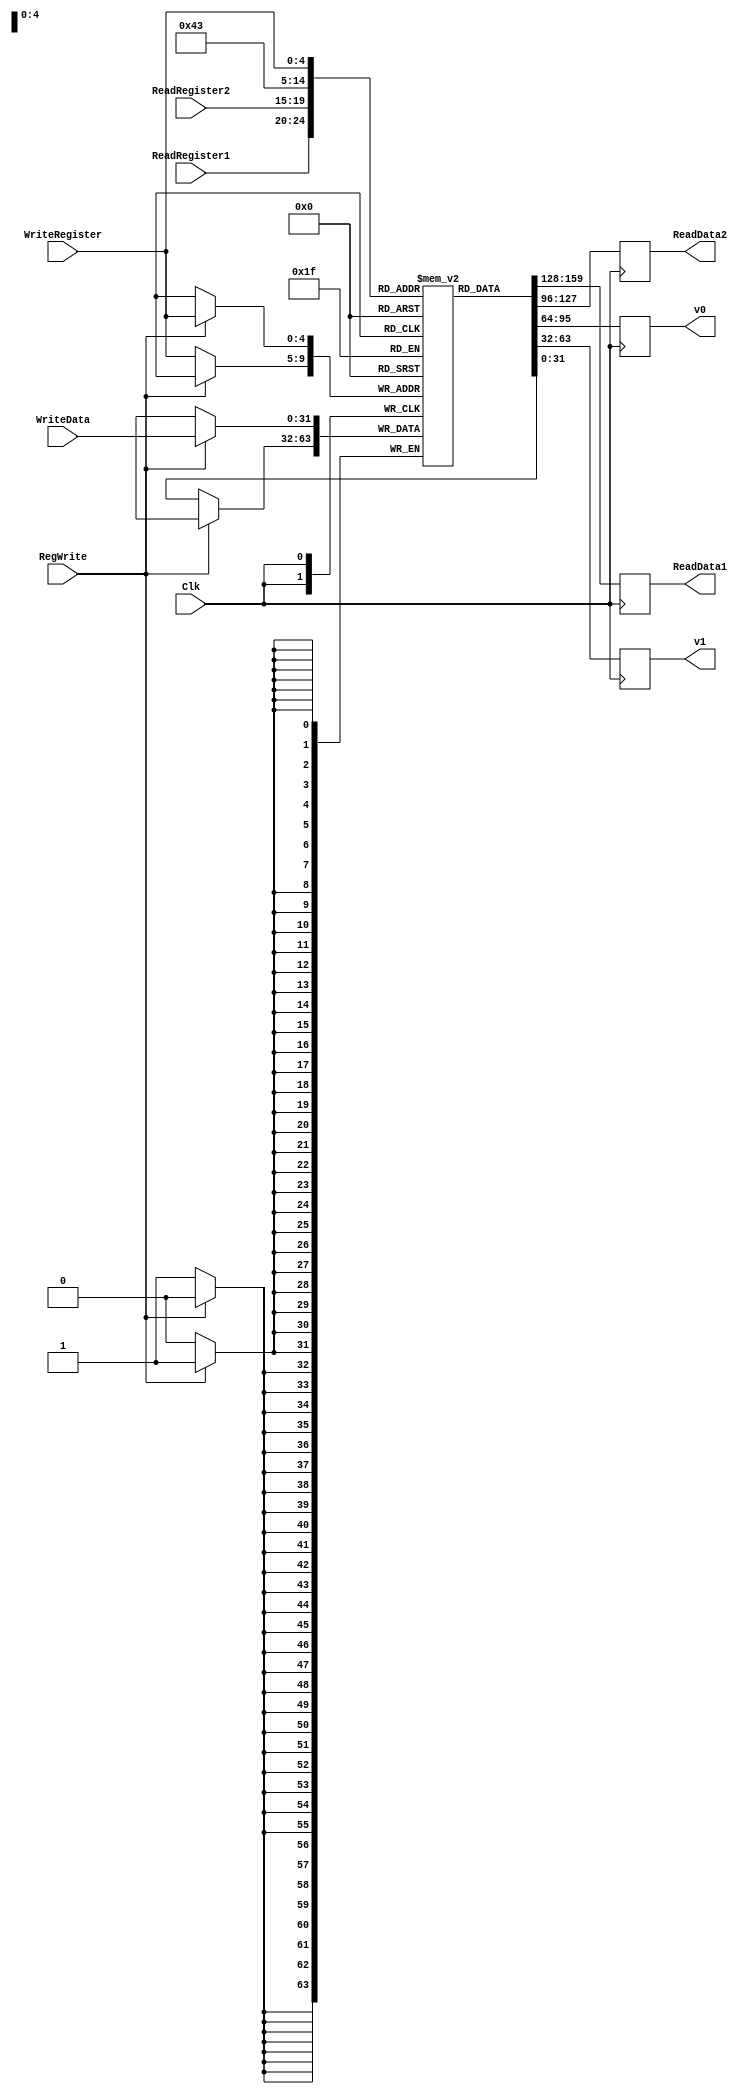
`timescale 1ns / 1ps

////////////////////////////////////////////////////////////////////////////////
// ECE369 - Computer Architecture
// 
//
//
// Student(s) Name and Last Name: FILL IN YOUR INFO HERE!
//
//
// Module - register_file.v
// Description - Implements a register file with 32 32-Bit wide registers.
//
// 
// INPUTS:-
// ReadRegister1: 5-Bit address to select a register to be read through 32-Bit 
//                output port 'ReadRegister1'.
// ReadRegister2: 5-Bit address to select a register to be read through 32-Bit 
//                output port 'ReadRegister2'.
// WriteRegister: 5-Bit address to select a register to be written through 32-Bit
//                input port 'WriteRegister'.
// WriteData: 32-Bit write input port.
// RegWrite: 1-Bit control input signal.
//
// OUTPUTS:-
// ReadData1: 32-Bit registered output. 
// ReadData2: 32-Bit registered output. 
//
// FUNCTIONALITY:-
// 'ReadRegister1' and 'ReadRegister2' are two 5-bit addresses to read two 
// registers simultaneously. The two 32-bit data sets are available on ports 
// 'ReadData1' and 'ReadData2', respectively. 'ReadData1' and 'ReadData2' are 
// registered outputs (output of register file is written into these registers 
// at the falling edge of the clock). You can view it as if outputs of registers
// specified by ReadRegister1 and ReadRegister2 are written into output 
// registers ReadData1 and ReadData2 at the falling edge of the clock. 
//
// 'RegWrite' signal is high during the rising edge of the clock if the input 
// data is to be written into the register file. The contents of the register 
// specified by address 'WriteRegister' in the register file are modified at the 
// rising edge of the clock if 'RegWrite' signal is high. The D-flip flops in 
// the register file are positive-edge (rising-edge) triggered. (You have to use 
// this information to generate the write-clock properly.) 
//
// NOTE:-
// We will design the register file such that the contents of registers do not 
// change for a pre-specified time before the falling edge of the clock arrives 
// to allow for data multiplexing and setup time.
////////////////////////////////////////////////////////////////////////////////

module RegisterFile(ReadRegister1, ReadRegister2, WriteRegister, WriteData, RegWrite, Clk, ReadData1, ReadData2, v0, v1);

	/* Please fill in the implementation here... */
	
   input [4:0] ReadRegister1, ReadRegister2, WriteRegister;
   input RegWrite;
   output reg[31:0] ReadData1, ReadData2, v0, v1;
   input [31:0] WriteData;
   input Clk;

   reg [31:0] RegFile [0:31];
   
   initial begin
        RegFile[0] <= 32'h00000000;
        RegFile[1] <= 32'h00000000;
        RegFile[2] <= 32'h00000000;
        RegFile[3] <= 32'h00000000;
        RegFile[8] <= 32'h00000000;
        RegFile[9] <= 32'h00000000;
        RegFile[10] <= 32'h00000000;
        RegFile[11] <= 32'h00000000;
        RegFile[12] <= 32'h00000000;
        RegFile[13] <= 32'h00000000;
        RegFile[14] <= 32'h00000000;
        RegFile[15] <= 32'h00000000;
        RegFile[16] <= 32'h00000000;
        RegFile[17] <= 32'h00000000;
        RegFile[18] <= 32'h00000000;
        RegFile[19] <= 32'h00000000;
        RegFile[20] <= 32'h00000000;
        RegFile[21] <= 32'h00000000;
        RegFile[22] <= 32'h00000000;
        RegFile[23] <= 32'h00000000;
        RegFile[24] <= 32'h00000000;
        RegFile[25] <= 32'h00000000;
        RegFile[29] <= 32'd252; 
        RegFile[31] <= 32'h00000000;
    end
   
   
   // Write procedure
   always @(posedge Clk) begin
        if(RegWrite == 1) begin
            RegFile[WriteRegister] <= WriteData;
            
        end 
        
        else begin
            RegFile[WriteRegister] <= RegFile[WriteRegister];
        end
   end

   // Read procedure
   always @(negedge Clk) begin
        ReadData1 = RegFile[ReadRegister1];
        ReadData2 = RegFile[ReadRegister2];
        v0 <= RegFile[2];
        v1 <= RegFile[3];
   end
   
//   (* mark_debug = "true" *)  reg [31:0] RegFile[WriteData];
//	assign debug_reg2 = RegFile[WriteData];

endmodule